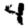
Digit: 4